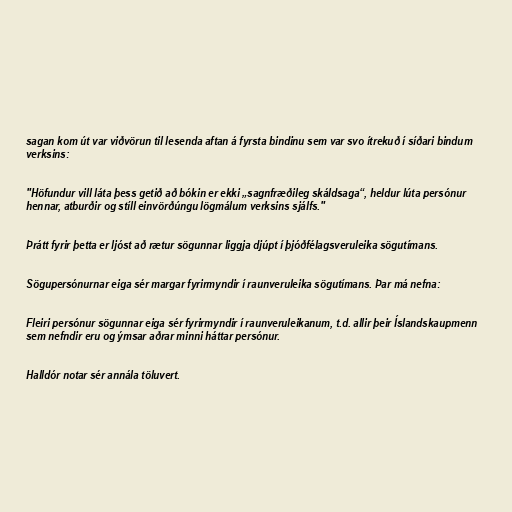
sagan kom út var viðvörun til lesenda aftan á fyrsta bindinu sem var svo ítrekuð í síðari bindum
verksins:

"Höfundur vill láta þess getið að bókin er ekki „sagnfræðileg skáldsaga“, heldur lúta persónur
hennar, atburðir og stíll einvörðúngu lögmálum verksins sjálfs."

Þrátt fyrir þetta er ljóst að rætur sögunnar liggja djúpt í þjóðfélagsveruleika sögutímans.

Sögupersónurnar eiga sér margar fyrirmyndir í raunveruleika sögutímans. Þar má nefna:

Fleiri persónur sögunnar eiga sér fyrirmyndir í raunveruleikanum, t.d. allir þeir Íslandskaupmenn
sem nefndir eru og ýmsar aðrar minni háttar persónur.

Halldór notar sér annála töluvert.